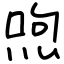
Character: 喣